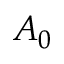
A _ { 0 }